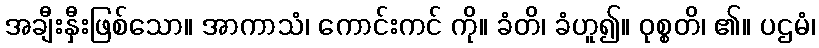
အချီးနှီးဖြစ်သော။ အာကာသံ၊ ကောင်းကင် ကို။ ခံတိ၊ ခံဟူ၍။ ဝုစ္စတိ၊ ၏။ ပဌမံ၊